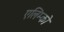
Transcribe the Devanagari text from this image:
एलिम्को